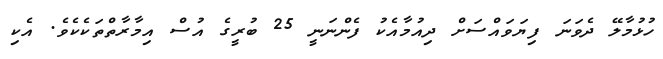
ހުޅުމާލޭ ދެވަނަ ފިޔަވައްސަށް ދިއުމާއެކު ފެންނަނީ 25 ބުރީގެ އުސް އިމާރާތްތަކެކެވެ. އެކި